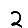
Digit: 2